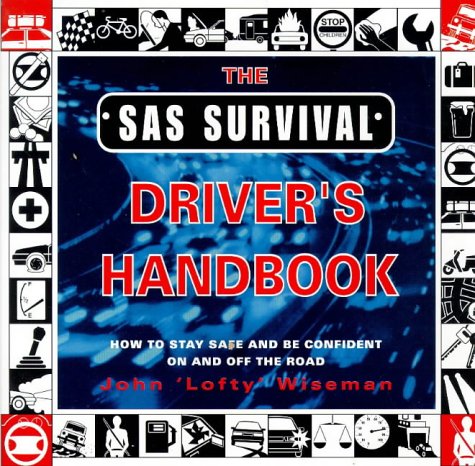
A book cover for S.A.S. Survival Driver's Handbook; John "Lofty" Wiseman; Test Preparation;